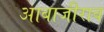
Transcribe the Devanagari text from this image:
आबाजीराव